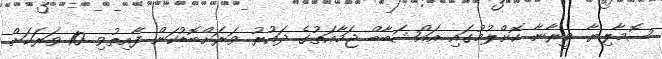
ސޮމާލިޔާ ވީރާނާ ކޮށްލުމުގައި އައްޝަބާބް ޖަމާއަތުގެ ދައުރު ވަރަށްބޮޑުކަން ފާއިތުވި 10 ވަރަކަށް